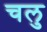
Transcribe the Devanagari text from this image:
चलु